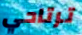
ترتاحي